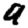
Digit: 9